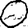
Digit: 0